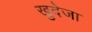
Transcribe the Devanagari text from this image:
खुदेजा